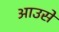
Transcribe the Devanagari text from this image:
आउसे